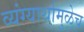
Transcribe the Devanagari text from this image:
व्यंग्यार्थामुळेच